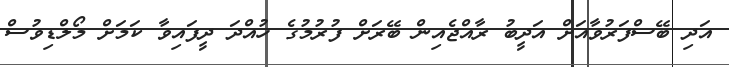
އަދި ބޭސްފަރުވާއަށް އަދީބު ރާއްޖެއިން ބޭރަށް ފުރުމުގެ ހުއްދަ ދީފައިވާ ކަމަށް މޯލްޑިވުސް